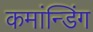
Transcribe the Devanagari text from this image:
कमांन्डिंग